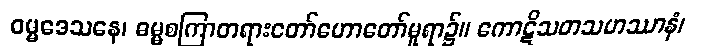
ဓမ္မဒေသနေ၊ ဓမ္မစကြာတရားတော်ဟောတော်မူရာ၌။ ကောဋိသတသဟဿာနံ၊